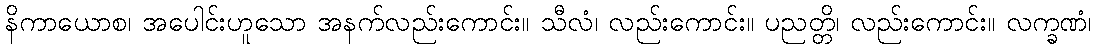
နိကာယောစ၊ အပေါင်းဟူသော အနက်လည်းကောင်း။ သီလံ၊ လည်းကောင်း။ ပညတ္တိ၊ လည်းကောင်း။ လက္ခဏံ၊